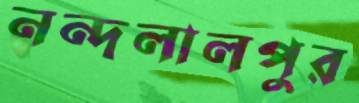
নন্দলালপুর